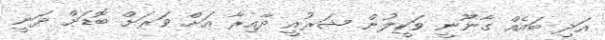
އަދި ބައެއް ގާނޫނީ ވަކީލުން ޝަރުއީ ދާއިރާ އަށް ވަރަށް ބޮޑަށް ދަނީ